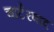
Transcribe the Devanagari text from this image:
चार्टरवाद